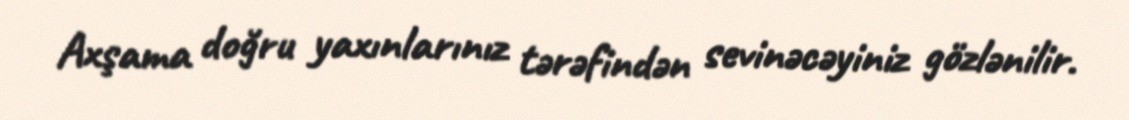
Axşama doğru yaxınlarınız tərəfindən sevinəcəyiniz gözlənilir.